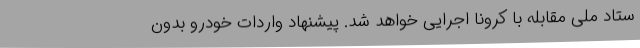
ستاد ملی مقابله با کرونا اجرایی خواهد شد. پیشنهاد واردات خودرو بدون